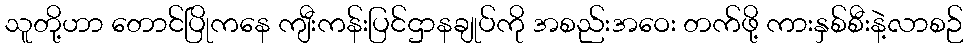
သူတို့ဟာ တောင်ပြိုကနေ ကျီးကန်းပြင်ဌာနချုပ်ကို အစည်းအဝေး တက်ဖို့ ကားနှစ်စီးနဲ့လာစဉ်